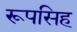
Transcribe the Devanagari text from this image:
रूपसिह